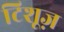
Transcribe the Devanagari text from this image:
टिशूज़